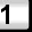
Digit: 1